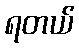
ရတယ်